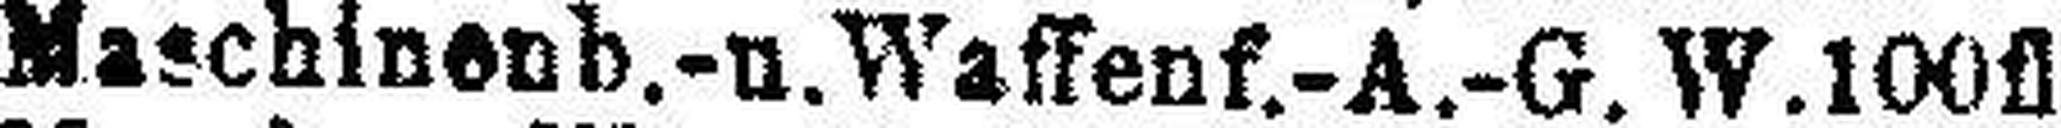
Maschinenb.-u. Waffenf.-A.-G. W. 100fl.